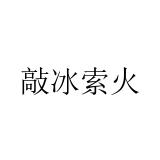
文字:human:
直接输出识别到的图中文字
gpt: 敲冰索火